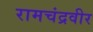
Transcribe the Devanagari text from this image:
रामचंद्रवीर